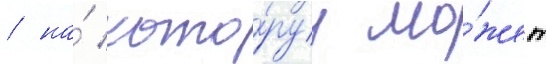
/ на́ кото́руу мо́жет